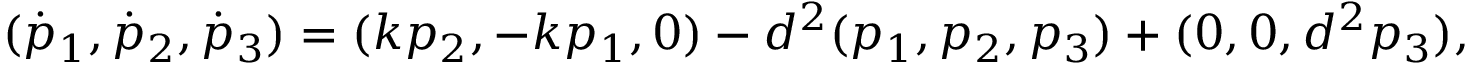
( \dot { p } _ { 1 } , \dot { p } _ { 2 } , \dot { p } _ { 3 } ) = ( k p _ { 2 } , - k p _ { 1 } , 0 ) - d ^ { 2 } ( p _ { 1 } , p _ { 2 } , p _ { 3 } ) + ( 0 , 0 , d ^ { 2 } p _ { 3 } ) ,